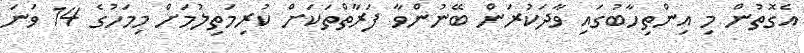
އެގޮތުން މި އިންތިހާބުގައި ވާދަކުރަން ބޭނުންވާ ފަރާތްތަކަށް ކުރިމަތިލުމަށް މިމަހުގެ 14 ވަނަ